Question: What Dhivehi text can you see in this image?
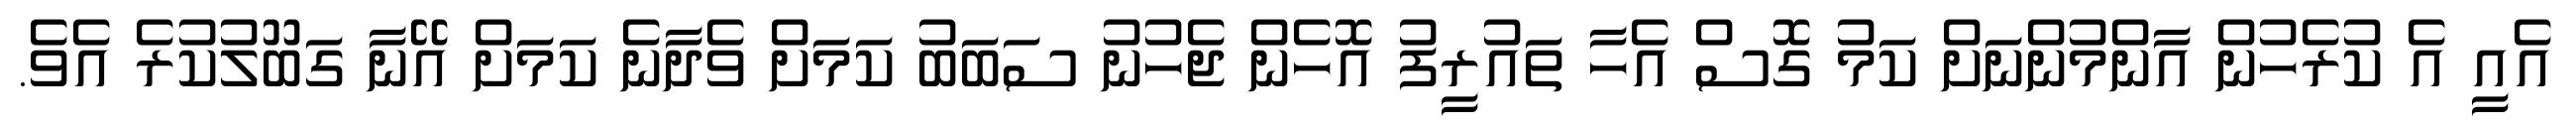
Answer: އެއީ އެ ކުރެހުން އާންމުންނަށް ކަމު ގޮސް އެހާ ތައުރީފު އޮހެން ޖެހުނު ސަބަބު ކަމަށް ވެދާނެ ކަމަށް އޭނާ ގަބޫލުކުރެ އެވެ.